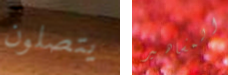
يتصلون المشاهير